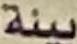
بيئة